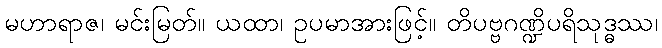
မဟာရာဇ၊ မင်းမြတ်။ ယထာ၊ ဥပမာအားဖြင့်။ တိပဗ္ဗဂဏ္ဍိပရိသုဒ္ဓဿ၊